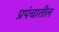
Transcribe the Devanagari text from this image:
प्रपंचातील